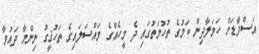
އަސްވާޑަށް ހަމަލާދިން ކަމުގެ ތުހުމަތުގައި ދެ މީހެއްގެ މައްސަލައިގެ ތަހުޤީގު ނިންމާ ދައުވާ